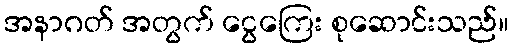
အနာဂတ် အတွက် ငွေကြေး စုဆောင်းသည်။